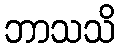
ဘာသသိ